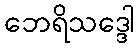
ဘေရိသဒ္ဒေါ